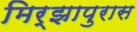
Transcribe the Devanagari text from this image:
मिर्झापुरास